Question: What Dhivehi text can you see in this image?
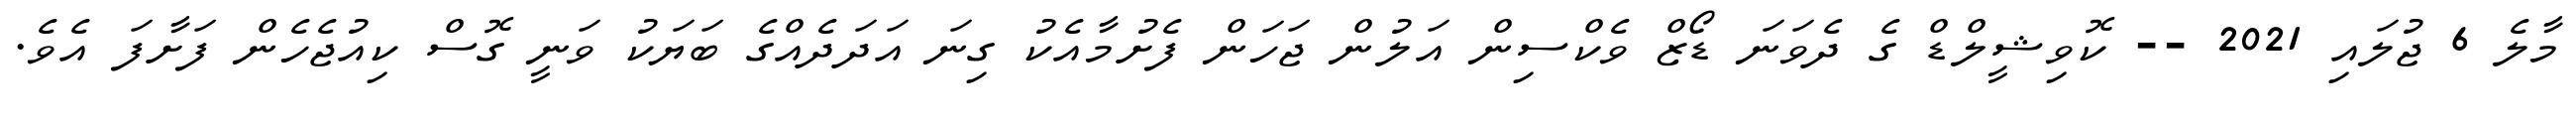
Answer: މާލެ 6 ޖުލައި 2021 -- ކޮވިޝީލްޑް ގެ ދެވަނަ ޑޯޒް ވެކްސިން އަލުން ޖަހަން ފެށުމާއެކު ގިނަ އަދަދެއްގެ ބަޔަކު ވަނީ ގޮސް ކިއުޖެހެން ފަށާފަ އެވެ.